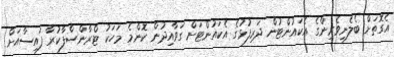
އެގޮތަށް ބެލެނިވެރިންގެ އެކައުންޓުން ދަރިފުޅުގެ އެކައުންޓަށް ގަވާއިދުން ކޮންމެ މަހަކު ޓްރާންސްފާކުރާ ފައިސާއަށް